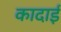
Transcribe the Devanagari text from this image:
कादाई